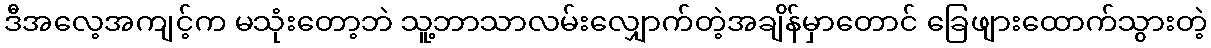
ဒီအလေ့အကျင့်က မသုံးတော့ဘဲ သူ့ဘာသာလမ်းလျှောက်တဲ့အချိန်မှာတောင် ခြေဖျားထောက်သွားတဲ့